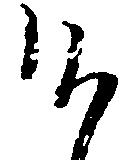
候